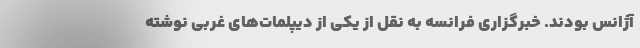
آژانس بودند. خبرگزاری فرانسه به نقل از یکی از دیپلمات‌های غربی نوشته